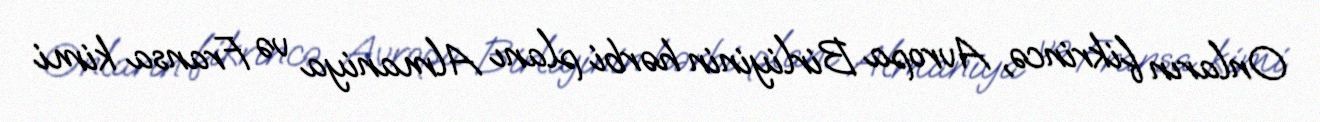
Onların fikrincə, Avropa Birliyinin hərbi planı Almaniya və Fransa kimi